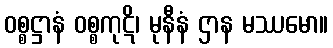
ဝစ္စဋ္ဌာနံ ဝစ္စကုဋိ၊ မုနီနံ ဌာန မဿမော။